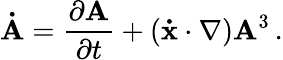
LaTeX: \mathbf{\dot{A}}={\frac{\partial\mathbf{A}}{\partial t}}+(\mathbf{\dot{x}}\cdot\nabla)\mathbf{A}^{3}\, .